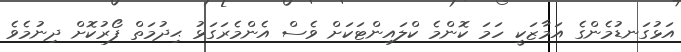
އަޅުގަނޑުމެންގެ އަމާޒަކީ ހަމަ ކޮންމެ ކްލައިންޓަކަށް ވެސް އެންމެރަގަޅު ޙިދުމަތް ފޯރުކޮށް ދިނުމެވެ